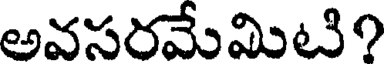
అవసరమేమిటి?